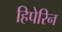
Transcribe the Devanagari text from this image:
हिपेरिन